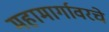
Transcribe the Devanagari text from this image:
महामार्गावरचे